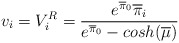
\begin{align*} v_i= V^R_i= \frac{{e^{\overline{\pi}_0}\overline{\pi}_i}}{e^{\overline{\pi}_0}-cosh(\overline{\mu})}\end{align*}